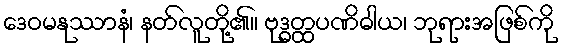
ဒေဝမနုဿာနံ၊ နတ်လူတို့၏။ ဗုဒ္ဓတ္ထပဏိဓါယ၊ ဘုရားအဖြစ်ကို